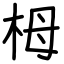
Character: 栂